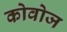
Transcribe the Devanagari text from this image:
कोवोज